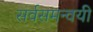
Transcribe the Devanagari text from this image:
सर्वसमन्‍वयी